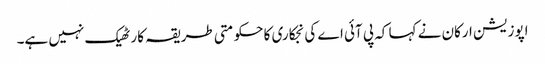
اپوزیشن ارکان نے کہا کہ پی آئی اے کی نجکاری کا حکومتی طریقہ کار ٹھیک نہیں ہے۔